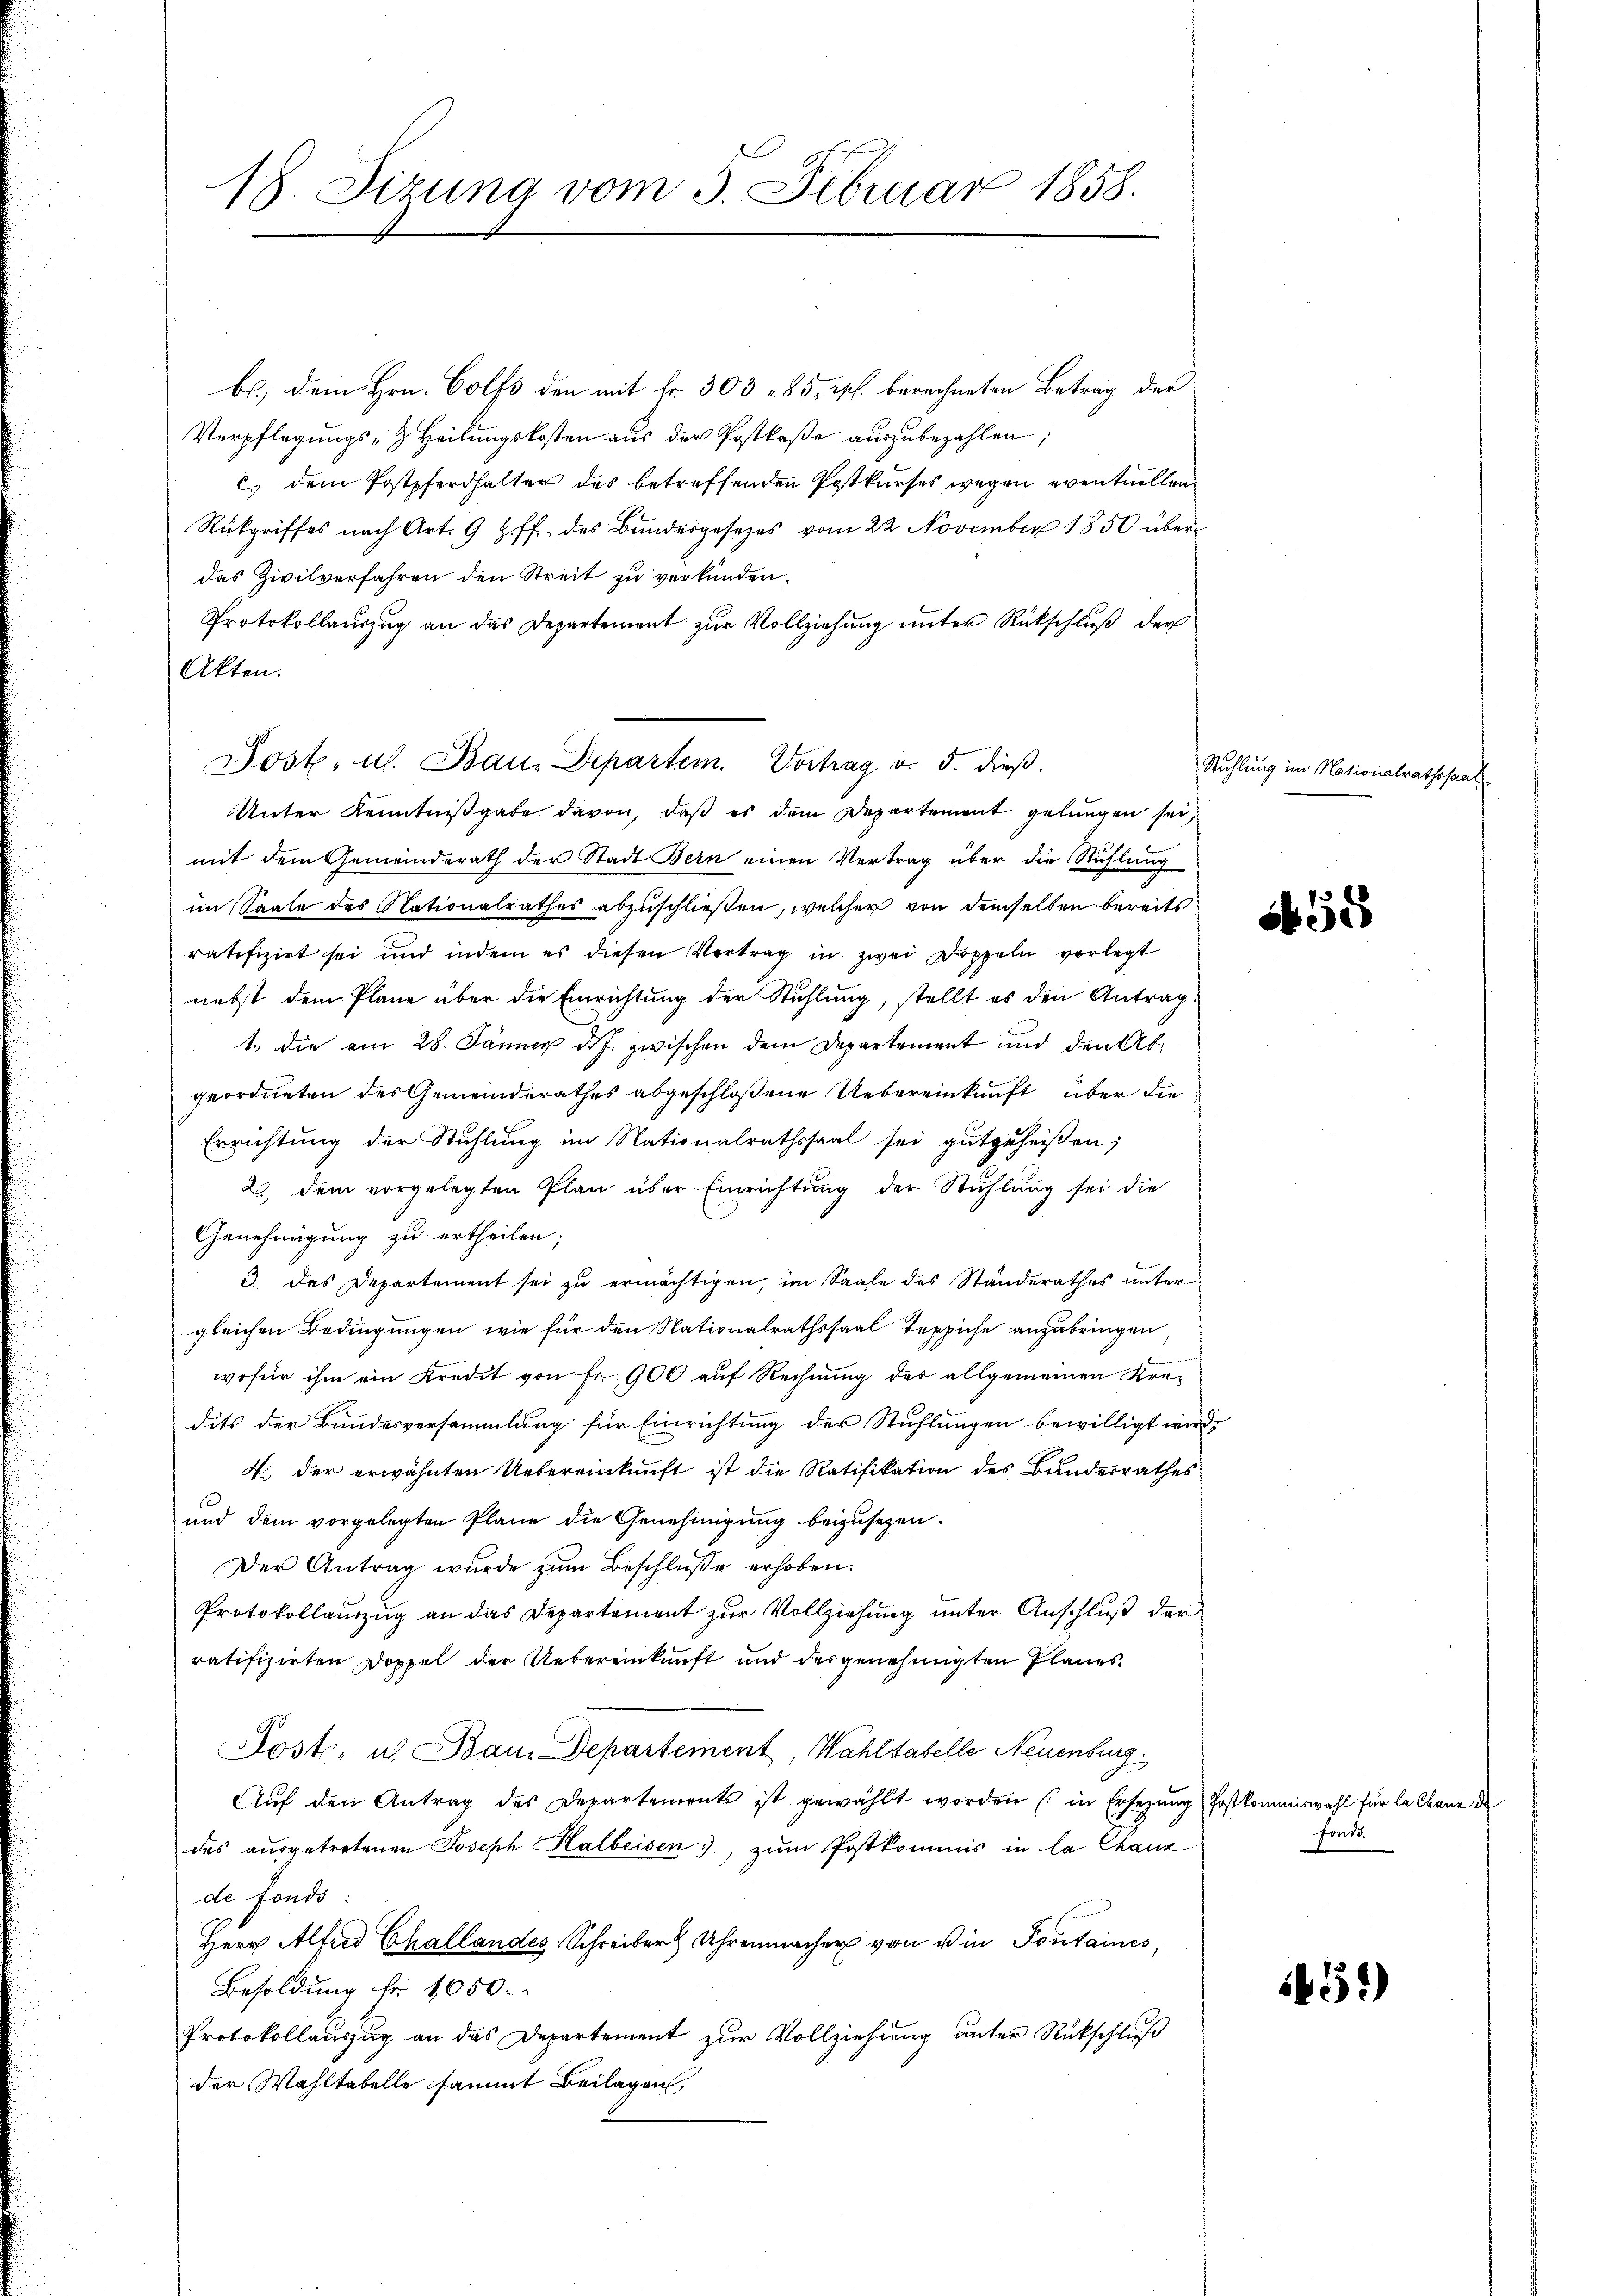
18. Sizung vom 3. Februar 1858.

bl., Dein Hrn. Colfs den mit Fr. 303 - 85, s. berechneten Betrag der
Verpflegungs- & Heilungskosten aus der Postkaße auszubezahlen;
c. dem Postpferdhalter des betreffenden Postkŭrses wegen eventuellen
Rückgriffes nach Art. 9 ff. des Bŭndesgesetzes vom 22. November 1850 über
das Zivilverfahren den Streit zu verkünden.
Protokollauszug an das Departement zur Vollziehung unter Rückschluß der
Akten.
Unter Kenntnißgabe davon, daß es dem Departement gelungen sei,
mit dem Gemeinderath der Stadt Bern einen Vertrag über die Stuhlung
im Saale des Nationalrathes abzuschließen, welcher von demselben bereits
ratifizirt sei und indem es diesen Vertrag in zwei Doppeln vorlegt
nebst dem Plane über die Einrichtung der Stuhlung, stellt es den Antrag.
1. die am 28. Jänner d.J. zwischen dem Departement und den Abgeordneten des Gemeinderathes abgeschloßene Uebereinkunft über die
Errichtung der Stuhlung im Nationalrathssaal sei gutgeheißen;
22. dem vorgelegten Plan über Einrichtŭng der Stühlŭng sei die
Genehmigung zu ertheilen;
3. Das Departement sei zŭ ermächtigen, im Saale des Standerathes unter
gleichen Bedingungen, wie für den Nationalrathssaal Teppiche anzubringen,
b
wofür ihm ein Kredit von Fr. 900 auf Rechnung des allgemeinen Kredits der Bundesversammlung für Einrichtung der Stuhlungen bewilligt wird,
4. der erwähnten Uebereinkunft ist die Ratifikation des Bundesrathes
und dem vorgelegten Plane die Genehmigung beizusezen.
Der Antrag wurde zum Beschlüsse erhoben.
Protokollauszug an das Departement zur Vollziehung unter Anschluß der
ratifizirten Doppel der Uebereinkunft und des genehmigten Planes
Post- u. Bau. Departement, Wahltabelle Neuenburg.
Aŭf den Antrag des Departements ist gewählt worden (in Ersezung Postkommiswahl für la chane de
des ausgetretenen Joseph Halbeisen, zum Postkommis in la Chauz
de fonds:
Herr Alfred Challandes Schreiber 2 Uhrenmacher von die Pontaines,
Besoldung fr. 1050.
Protokollauszug an das Departement zur Vollziehung unter Rückschluß
der Wahltabelle sammt Beilagen,

Jost, u. Bau. Departem. Vortrag v. 5. dieβ.

Stuhlung im Nationalrathssaal

56 18

Fonde.

1451)